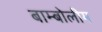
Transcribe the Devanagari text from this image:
बाम्बोलीम